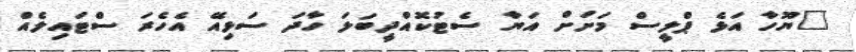
"ޔޫހާ އަޅެ ޕްލީސް މަށަށް އަޔާ ސެޓުކޮއްދީބަލަ ހާދަ ސަޅިއޭ އެހެރަ ސްޓައިލެއް